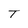
Character: T